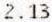
2.13